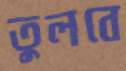
তুলবে